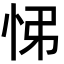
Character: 𢘘